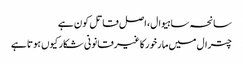
سانحہ ساہیوال، اصل قاتل کون ہے
چترال میں مارخورکا غیرقانونی شکار کیوں ہوتا ہے